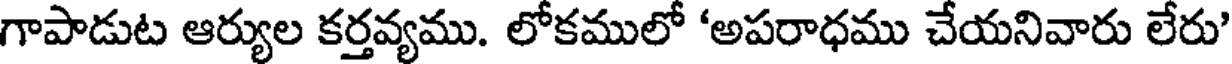
గాపాడుట ఆర్యుల కర్తవ్యము. లోకములో 'అపరాధము చేయనివారు లేరు